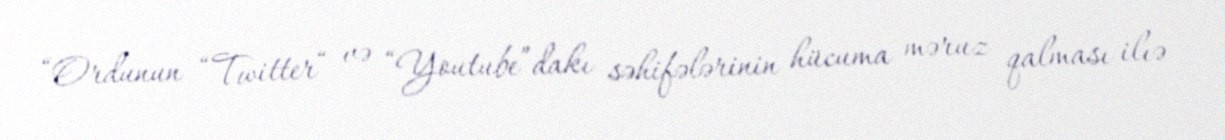
“Ordunun “Twitter“ və “Youtube”dakı səhifələrinin hücuma məruz qalması ilıə